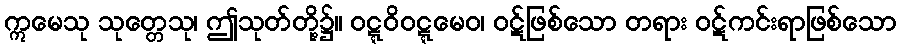
ဣမေသု သုတ္တေသု၊ ဤသုတ်တို့၌။ ဝဋ္ဋဝိဝဋ္ဋမေဝ၊ ဝဋ်ဖြစ်သော တရား ဝဋ်ကင်းရာဖြစ်သော